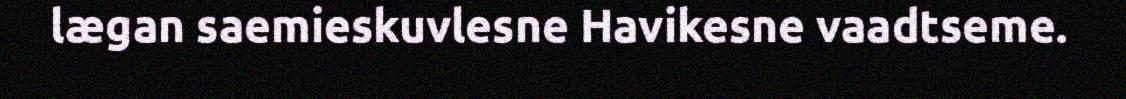
lægan saemieskuvlesne Havikesne vaadtseme.